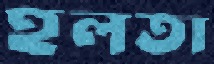
হলতা